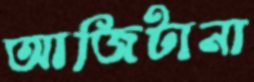
আজিটানা